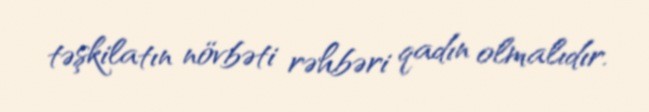
təşkilatın növbəti rəhbəri qadın olmalıdır.